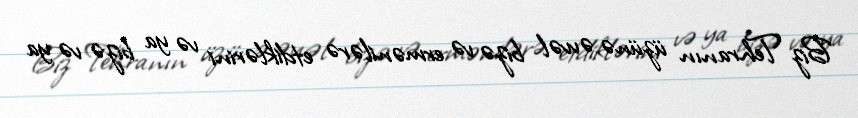
Biz Tehranın üzünə əvvəl bizə və ermənilərə etdiklərini və ya bizə və ya